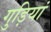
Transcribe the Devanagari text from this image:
गुड़ियां